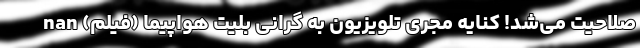
صلاحیت می‌شد! کنایه مجری تلویزیون به گرانی بلیت هواپیما (فیلم) nan